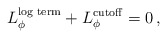
\begin{align*}L^{\hbox{\scriptsize log term}}_\phi + L^{{\rm cutoff}}_\phi = 0 \,,\end{align*}